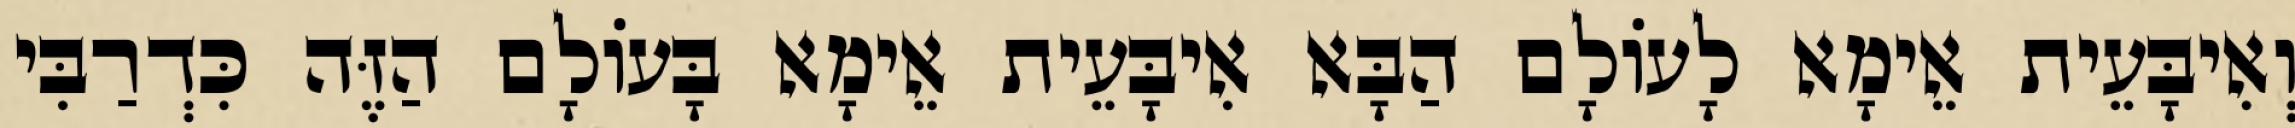
וְאִיבָּעֵית אֵימָא לָעוֹלָם הַבָּא אִיבָּעֵית אֵימָא בָּעוֹלָם הַזֶּה כִּדְרַבִּי